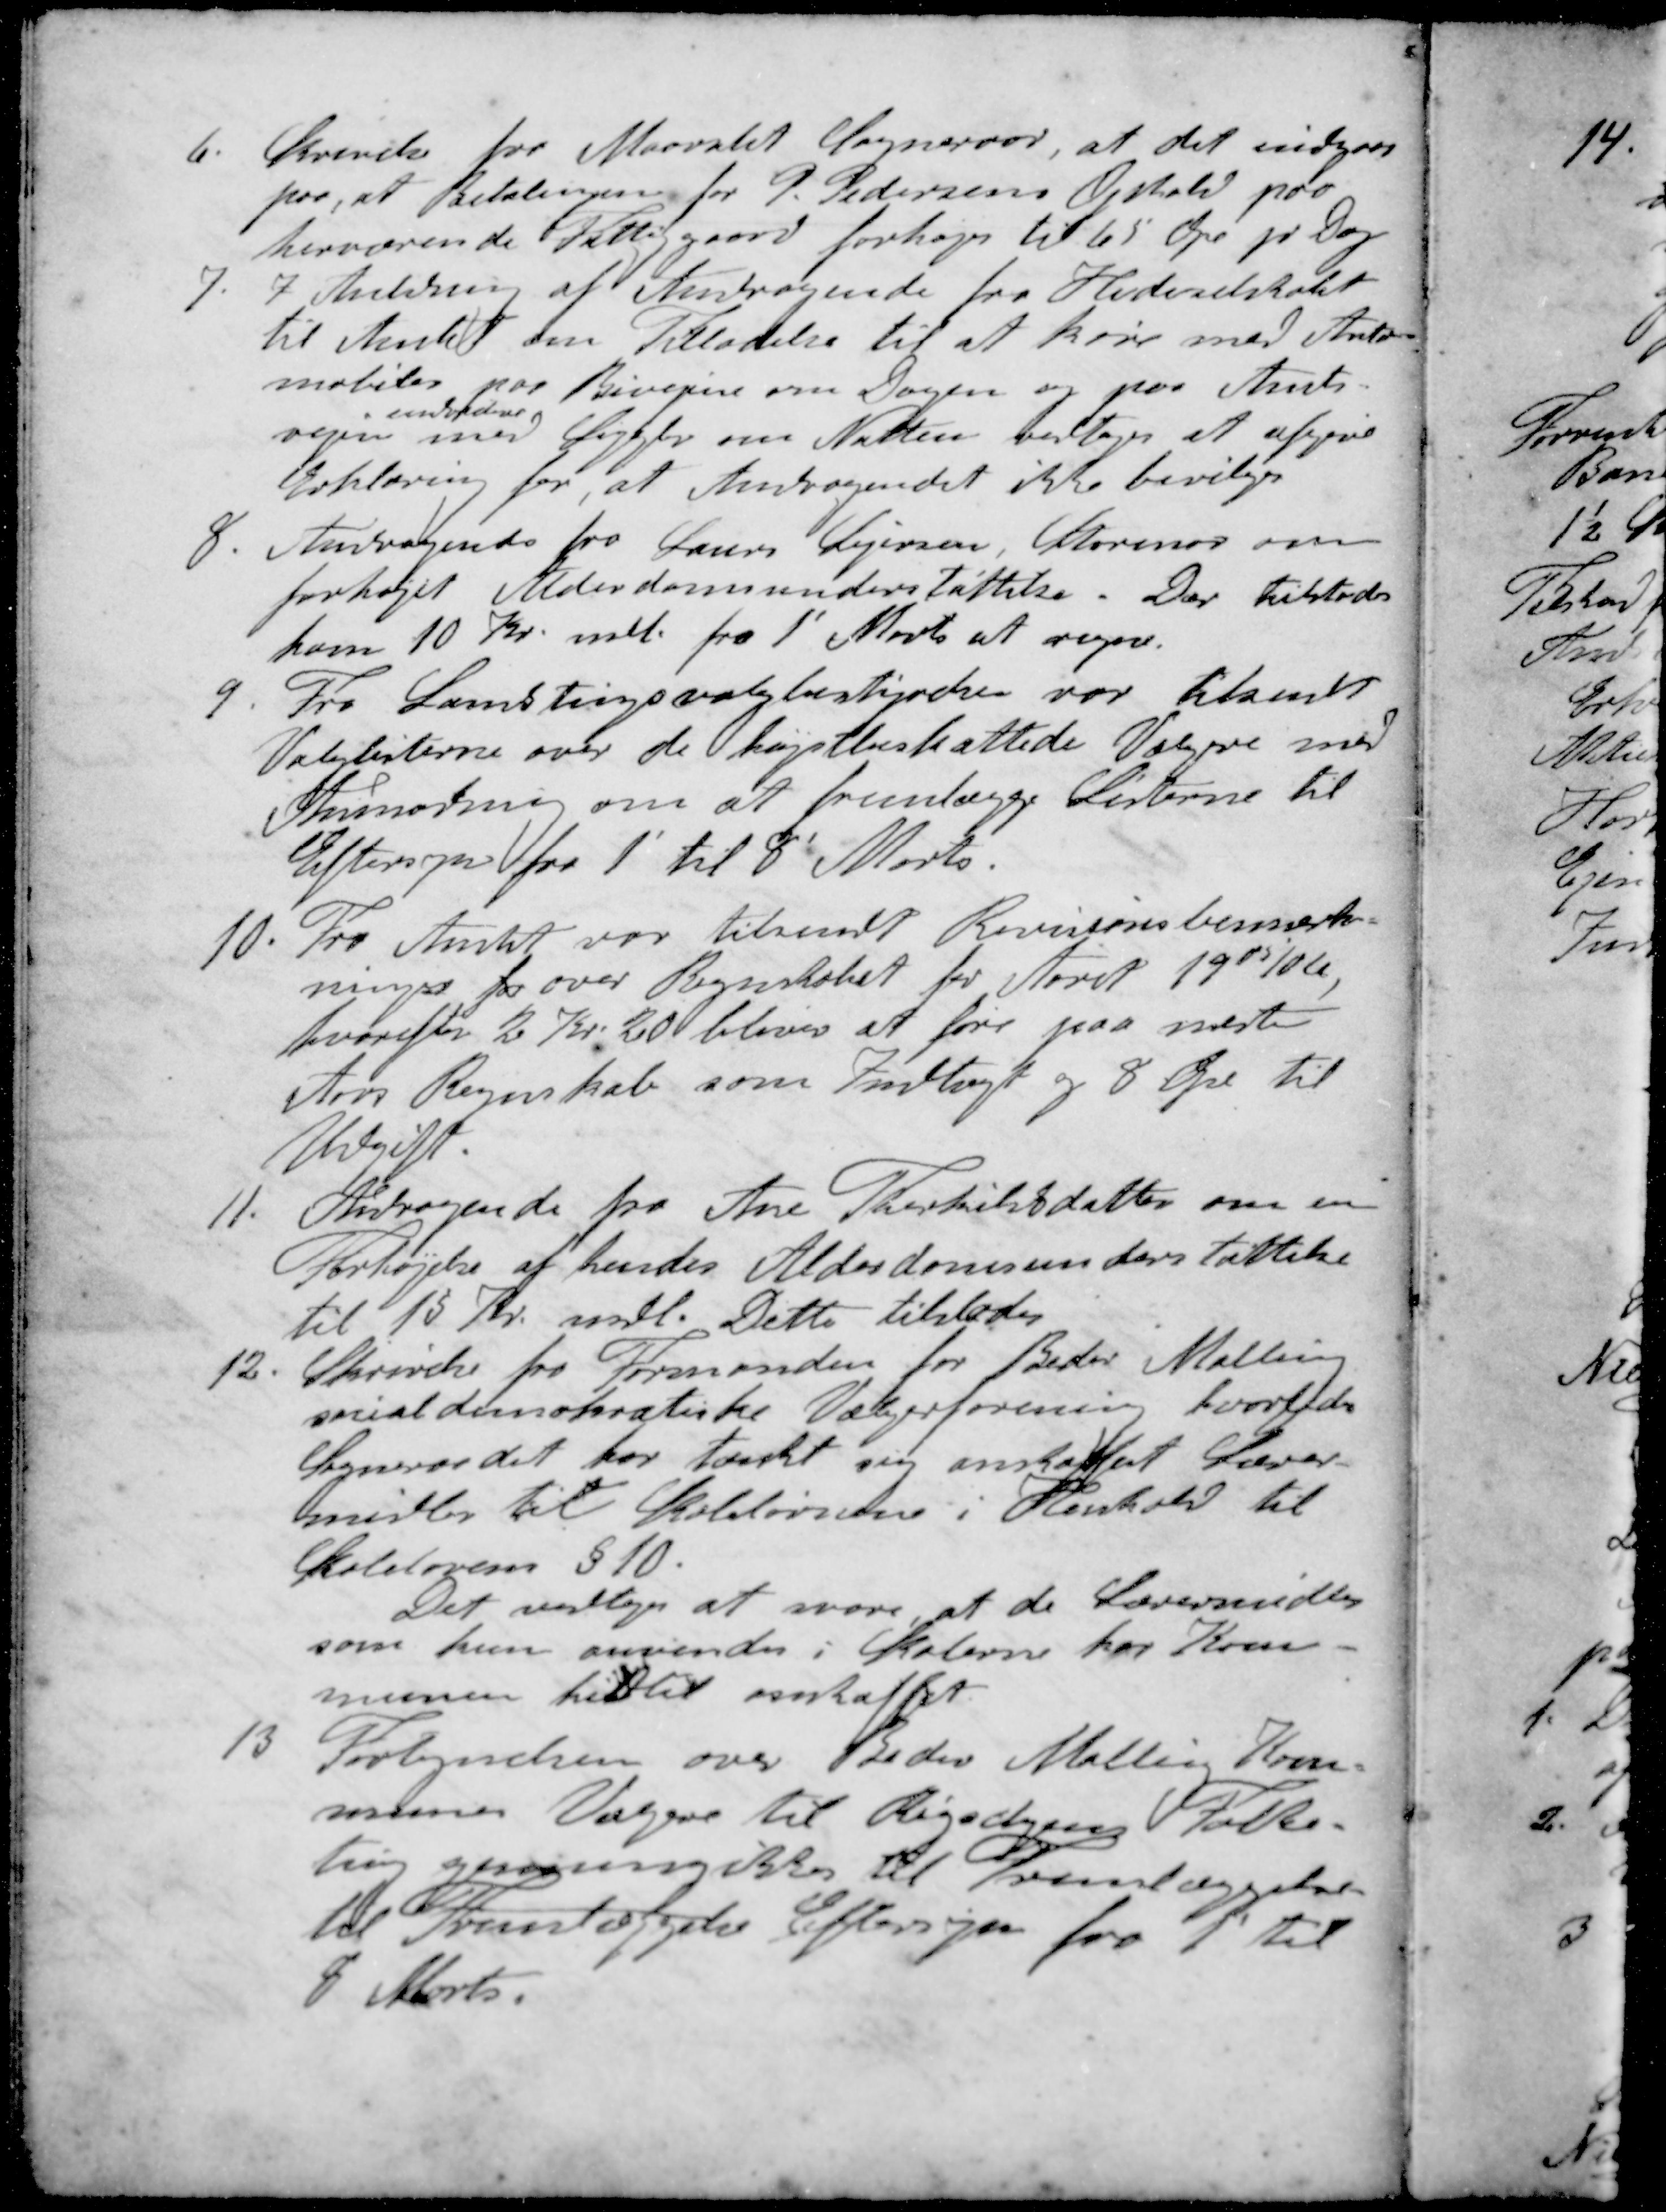
Transskription:
6. Skrivelse for Maarslet Sogneraad, at det indgaar
por, at Betalingen for P. Pedersens Ophold paa
herværende Fattiggaard forhøjes til 65 Øre pr Dag
7. I Anlering af Andragende fra Hedeselskabet
til Amtet om Tilladelse til at Køre med Auto-
mobiler paa Bivejen om Dagen og paa Amts-
endvidere
vejen med Lygter om Natten vedtoges at afgive
Erklæring for, at Andragendet ikke bevilges
8. Andragende fra Laurs Sejersen, Storenor om
forhøjet Alderdomsunderstøttelse. Der tilstodes
ham 10 Kr. mdl. fra 1' Marts at regne.
9. Fra Landstingsvalgbestyrelse var tilsendt
Valglisterne over de højstbeskattede Vælgere med
Anmodning om at fremlægge Listerne til
Eftersyn fra 1' til 8' Marts.
10. Fra Amtet var tilsendt Revisionsbemærk-
ning for over Regnskabet for Aaret 1905/06
hvorefter 2 Kr. 20 bliver at føre paa næste
Aars Regnskab som Indtægt og 8 Øre til
Udgift
11. Andragende fra Ane Therkildsdatter om en
Forhøjelse af hendes Alderdomsunderstøttelse
til 15 Kr. mdl. Dette tilstodes
12. Skrivelse fra Formanden for Beder Malling
socialdemokratiske Vælgerforening hvorledes
Sogneraadet har tænkt sig anskaffet Lærer-
midler til Skolelovnene i Henhold til
Skolelovens § 10.
Det vedtoges at svare at de Lærermidler
som kan anvendes i Skolerne har Kom-
munen hidtil anskaftet
13 Fortegnelsen over Beder Mallin Kom-
munes Vælgere til Rigsdagens Folke-
ting gennemgikkes til Fremlæggelse
til Fremlæggelse Eftersyn fra 1' til
8' Marts.